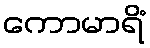
ကောမာရိံ